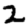
Digit: 2